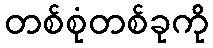
တစ်စုံတစ်ခုကို